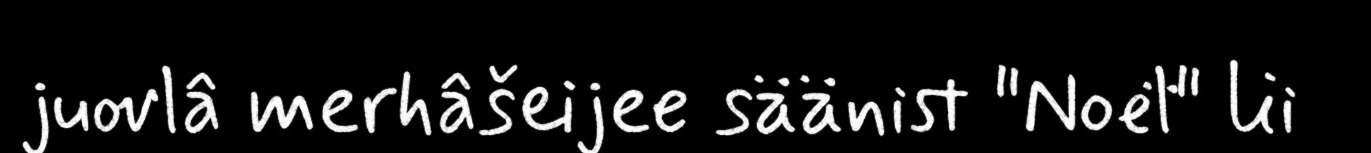
juovlâ merhâšeijee säänist "Noël" lii